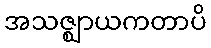
အသဇ္ဈာယကတာပိ